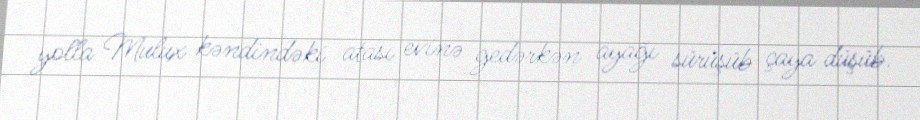
yolla Mulux kəndindəki atası evinə gedərkən ayağı sürüşüb çaya düşüb.